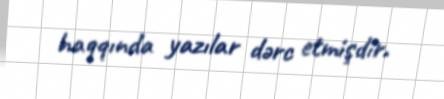
haqqında yazılar dərc etmişdir.